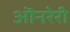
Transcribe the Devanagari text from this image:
ऒनरेरी